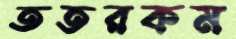
ততরকম